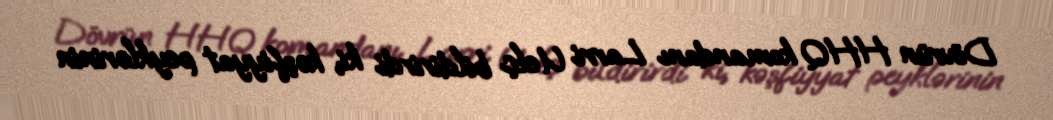
Dövrün HHQ komandanı Larri Uelç bildirirdi ki, kəşfiyyat peyklərinin